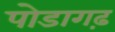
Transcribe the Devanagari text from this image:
पोडागढ़